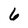
Character: 6